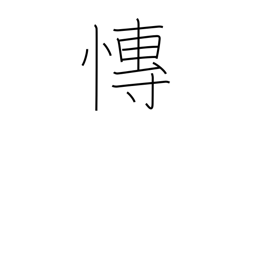
Meaning: grieving